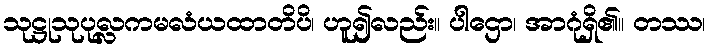
သုဋ္ဌုသုပုလ္လကမလံယထာတိပိ၊ ဟူ၍လည်း။ ပါဌော၊ အာဂုံရှိ၏။ တဿ၊